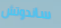
ساندوتش